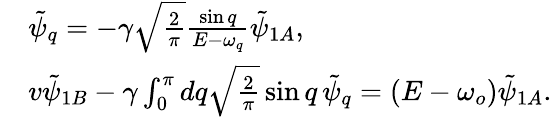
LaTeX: \begin{array}{rl}&{\tilde{\psi}_{q}=-\gamma\sqrt{\frac{2}{\pi}}\frac{\sin{q}}{E-\omega_{q}}\tilde{\psi}_{1A},}\\ &{v\tilde{\psi}_{1B}-\gamma\int_{0}^{\pi}dq\sqrt{\frac{2}{\pi}}\sin{q}\, \tilde{\psi}_{q}=(E-\omega_{o})\tilde{\psi}_{1A}.}\end{array}